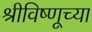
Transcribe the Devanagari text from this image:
श्रीविष्णूच्या